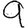
Digit: 9